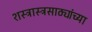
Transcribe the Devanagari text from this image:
शस्त्रास्त्रसाठ्यांच्या